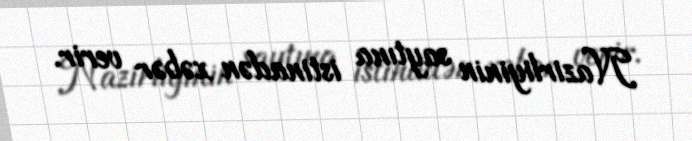
Nazirliyinin saytına istinadən xəbər verir.